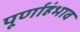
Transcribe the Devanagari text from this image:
पूर्णाहंभाव